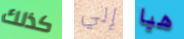
كذلك إلي هيا